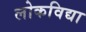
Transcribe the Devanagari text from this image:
लोकविद्या